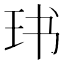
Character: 𱮵